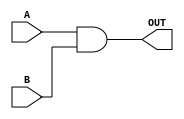
`timescale 1ns / 1ps

//
//
// Description : This file contains 32bit ALU with the following modules
//    		 - AND Gate
//        	 - OR  Gate	
//               - XOR Gate
//		 - Multiplexors  both 4x1,2x1
//               - Carry look Ahead Adder/Subtractor
//		 - LUI

//AND Gate using behaviour model- using 32bit bitwise and operator
module ANDGate_32bit#(parameter DATA_WIDTH = 32) (A,B,OUT);

input      [DATA_WIDTH -1:0] A;
input      [DATA_WIDTH -1:0] B;
output reg [DATA_WIDTH -1:0] OUT;

	always@(*) 
	begin
		OUT = A & B;
	end

endmodule

//OR Gate using behaviour model- using 32bit bitwise or operator
module ORGate_32bit#(parameter DATA_WIDTH = 32) (A,B,OUT);

input      [DATA_WIDTH -1:0] A;
input      [DATA_WIDTH -1:0] B;
output reg [DATA_WIDTH -1:0] OUT;
	
	always@(*)
	begin
		OUT = A | B;
	end

endmodule

//XOR Gate using behaviour model- using 32bit bitwise xor operator
module XORGate_32bit#(parameter DATA_WIDTH = 32) (A,B,OUT);

input      [DATA_WIDTH -1:0] A;
input      [DATA_WIDTH -1:0] B;
output reg [DATA_WIDTH -1:0] OUT;
	
	always@(*)
	begin
		OUT = A ^ B;
	end

endmodule

//2x1 Multiplexor for 32bits using behaviour model
//           - 0-A,1-B
module MUX_2x1_32bit#(  parameter DATA_WIDTH = 32 ) (A,B,SEL,OUT);

input      [DATA_WIDTH -1:0] A;
input      [DATA_WIDTH -1:0] B;
input                        SEL;
output reg [DATA_WIDTH -1:0] OUT;

	always @(A,B,SEL)
	begin
		case(SEL)
			1'b0:     OUT = A;
			1'b1:     OUT = B;
			default:  OUT = A; //for latch free LATCH Free
		endcase
	end

endmodule

//4x1 Multiplexor for 32bits using behaviour model
//           - 00-A,01-B,10-C,11-D
module MUX_4x1_32bit#(  parameter DATA_WIDTH = 32 ) (A,B,C,D,SEL,OUT);

input      [DATA_WIDTH -1:0] A;
input      [DATA_WIDTH -1:0] B;
input      [DATA_WIDTH -1:0] C;
input      [DATA_WIDTH -1:0] D;
input      [1:0]             SEL;
output reg [DATA_WIDTH -1:0] OUT;

	always @(A,B,C,D,SEL) 
	begin
		case(SEL)
			2'b00:     OUT = A;
			2'b01:     OUT = B;
			2'b10:     OUT = C;
			2'b11:     OUT = D;
			default:   OUT = A; //for latch free LATCH Free
		endcase
	end

endmodule

// 4-sel Barrel shifter using behaviour model
// 		-OPR=1 -> ALUC[3] -> Shift Right Arthematic
//              -OPR=0,CNTR=1 -> ALUC[2]=1 -> Shift Right Logical 
//              -OPR=0,CNTR=0 -> ALUC[2]=0 -> Shift Left Logical  
module BARREL_SHIFTER_32bit#(  parameter DATA_WIDTH = 32, parameter CTRL_WIDTH = 5 ) (A,B,OPR,CNTR,OUT);

input      [CTRL_WIDTH -1:0] A;//Control input 5
input      [DATA_WIDTH -1:0] B;
input                        OPR;
input                        CNTR;
output reg [DATA_WIDTH -1:0] OUT;

	reg signed [DATA_WIDTH -1:0] Loc_B;
	
	always @( A,B,OPR,CNTR) 
	begin
		if(OPR == 1'b1)
		begin			
			Loc_B = $signed(B);
			if(CNTR == 1'b1) OUT   = Loc_B >>> A;// A=5 to shift by 5
			//else Latch as OPR=1 and CNTR=0 is not possible 
		end
		else 
		begin
			if(CNTR == 1'b1)  OUT = B >> A;
			else              OUT = B << A;
		end
	end

endmodule

// Carry look ahead adder and subtractor for 32bit 
//     - EN decides adder or subtractor 
//     - En = 1, subtraction, EN=0 Addition
module CLAADDER_SUBTRACTOR_32bit#(  parameter DATA_WIDTH = 32 ) (A,B,EN,OUT,CARRY);

input      [DATA_WIDTH -1:0] A;
input      [DATA_WIDTH -1:0] B;
input                        EN;
output reg [DATA_WIDTH -1:0] OUT;
output reg                   CARRY;

	wire [DATA_WIDTH:0] C;

	assign C[0] = 0;

	genvar i;
	
	// Carry genrator using propagate and generate
	generate
		for (i=0; i < DATA_WIDTH; i=i+1 ) 
		begin :Carry_i
			assign C[i+1] = (A[i] & B[i]) | ((A[i] ^ B[i]) & C[i]);
		end
	endgenerate


	always @(*) 
	begin
		if(EN == 1'b1)
		begin
			OUT =  (A >= B) ? (A-B) : (B-A) ;
		end
		else 
		begin
			OUT = A ^ B ^ C;
			CARRY = C[DATA_WIDTH];
		end
	end 

endmodule

// LUI for 32bits using behaviour modelling
// Operation: LUI can be done by wiring low 16 bits to high 16 bits.
module LUI_MODULE_32bit#(  parameter DATA_WIDTH = 32, parameter LOC_BIT_WIDTH = 16 ) (B,OUT);

input      [LOC_BIT_WIDTH  -1:0] B;
output reg [DATA_WIDTH -1:0]     OUT;
	
	always@(*)
	begin
		OUT[DATA_WIDTH-1 : DATA_WIDTH-LOC_BIT_WIDTH] = B; //Lowr B to Higher OUT
		OUT[DATA_WIDTH-LOC_BIT_WIDTH-1 : 0]          = 'h0; //Lower OUT is GND
	end

endmodule

// ALU top using structural modelling which includes all the above modules
// Description : The ALU top  performs the below functions
//               ALUC Operation
//               x000 ADD
//               X100 SUB
//               X010 XOR
//               X001 AND
//               X101 OR
//               X110 LUI
//               0011 SLL
//               0111 SRL
//               1111 SRA
module ALU_TOP_32bit#(  parameter DATA_WIDTH = 32, parameter CTRL_WIDTH = 4 ) (A,B,ALUC,OUT);

input      [DATA_WIDTH -1:0] A;
input      [DATA_WIDTH -1:0] B;
input      [CTRL_WIDTH -1:0] ALUC;
output     [DATA_WIDTH -1:0] OUT;

	wire [DATA_WIDTH -1:0] AND_Out;
	wire [DATA_WIDTH -1:0] OR_Out ;
	wire [DATA_WIDTH -1:0] XOR_Out;
	wire [DATA_WIDTH -1:0] LUI_Out;
	wire [DATA_WIDTH -1:0] SHIFTER_Out;
	wire [DATA_WIDTH -1:0] ADDER_Out;
	wire [DATA_WIDTH -1:0] MUX2x1_1_Out;
	wire [DATA_WIDTH -1:0] MUX2x1_2_Out;
	wire                   CARRY;

	CLAADDER_SUBTRACTOR_32bit#(.DATA_WIDTH(DATA_WIDTH)) claadder_sub(.A(A),.B(B),.EN(ALUC[2]),.OUT(ADDER_Out),.CARRY(CARRY));

	ANDGate_32bit#(.DATA_WIDTH(DATA_WIDTH)) and_gate(.A(A),.B(B),.OUT(AND_Out));

	ORGate_32bit#(.DATA_WIDTH(DATA_WIDTH))   or_gate(.A(A),.B(B),.OUT(OR_Out)) ;

	XORGate_32bit#(.DATA_WIDTH(DATA_WIDTH)) xor_gate(.A(A),.B(B),.OUT(XOR_Out));

	LUI_MODULE_32bit#(.DATA_WIDTH(DATA_WIDTH),.LOC_BIT_WIDTH(16)) lui_uut(.B(B[15:0]),.OUT(LUI_Out));

	BARREL_SHIFTER_32bit#(.DATA_WIDTH(DATA_WIDTH),.CTRL_WIDTH(5)) shifter(.A(A[4:0]),.B(B),.OPR(ALUC[3]),.CNTR(ALUC[2]),.OUT(SHIFTER_Out));

	MUX_2x1_32bit#(.DATA_WIDTH(DATA_WIDTH)) and_or_gate_mux(.A(AND_Out),.B(OR_Out),.SEL(ALUC[2]),.OUT(MUX2x1_1_Out));

	MUX_2x1_32bit#(.DATA_WIDTH(DATA_WIDTH)) xor_lui_mux(.A(XOR_Out),.B(LUI_Out),.SEL(ALUC[2]),.OUT(MUX2x1_2_Out));

	MUX_4x1_32bit#(.DATA_WIDTH(DATA_WIDTH)) final_mux(.A(ADDER_Out),.B(MUX2x1_1_Out),.C(MUX2x1_2_Out),.D(SHIFTER_Out),.SEL(ALUC[1:0]),.OUT(OUT));

endmodule